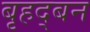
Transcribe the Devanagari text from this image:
बृहद्बन